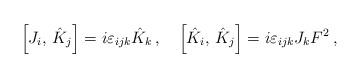
LaTeX: \begin{align*}\left[ J_{i},\, \hat K_{j}\right]=i\varepsilon _{ijk}{\hat K}_{k}\,, \quad\left[ {\hat K}_{i},\, {\hat K}_{j}\right]=i\varepsilon _{ijk} J_{k} F^{2}\,,\end{align*}